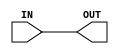
module GP_OBUF(input IN, output OUT);
	assign OUT = IN;
endmodule